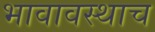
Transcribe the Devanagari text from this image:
भावावस्थाच